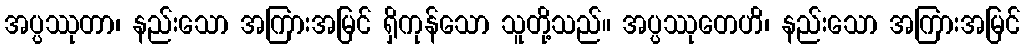
အပ္ပဿုတာ၊ နည်းသော အကြားအမြင် ရှိကုန်သော သူတို့သည်။ အပ္ပဿုတေဟိ၊ နည်းသော အကြားအမြင်